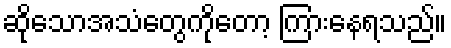
ဆိုသောအသံတွေကိုတော့ ကြားနေရသည်။